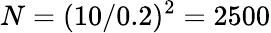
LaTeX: N=({10}/{0.2})^{2}=2500